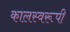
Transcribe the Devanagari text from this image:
कालस्वरूपी